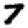
Digit: 7